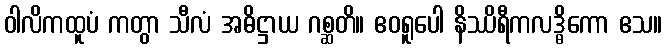
ဝါလိကထူပံ ကတွာ သီလံ အဓိဋ္ဌာယ ဂစ္ဆတိ။ ဧဝရူပေါ နိဿိရီကလဒ္ဓိကော ဧသ။